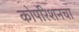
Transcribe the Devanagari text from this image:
कोर्पोरेशनचा